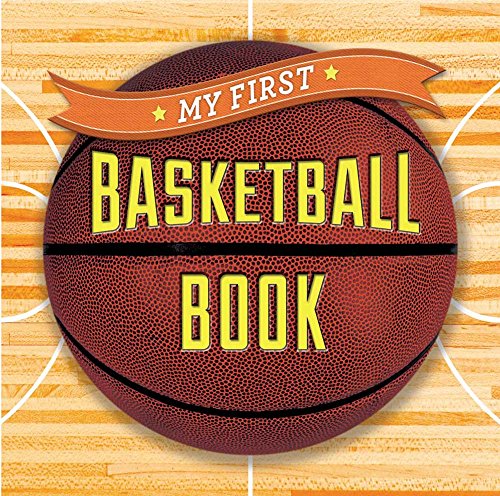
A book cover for My First Basketball Book (First Sports); Sterling Children's; Children's Books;